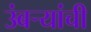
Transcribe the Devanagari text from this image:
उंबऱ्यांची